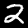
Digit: 2